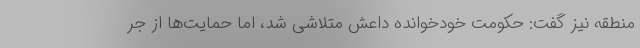
منطقه نیز گفت: حکومت خودخوانده داعش متلاشی شد، اما حمایت‌ها از جر